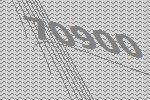
70900